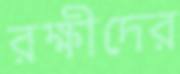
রক্ষীদের